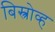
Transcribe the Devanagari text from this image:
बिस्त्रोव्ह